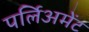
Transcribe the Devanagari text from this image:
पर्लिअमेंट